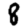
Digit: 8